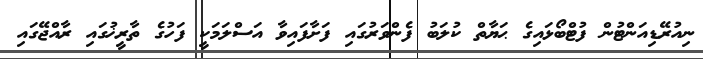
ނިއުރޭޑިއަންޓުން ފުޓްބޯޅައިގެ ޙަޔާތް ކުލަބު ފެންވަރުގައި ފަށާފައިވާ އަސްލަމަކީ ފަހުގެ ތާރީޚުގައި ރާއްޖޭގައި